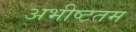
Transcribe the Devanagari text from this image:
अभीष्टतम